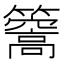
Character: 𥶧